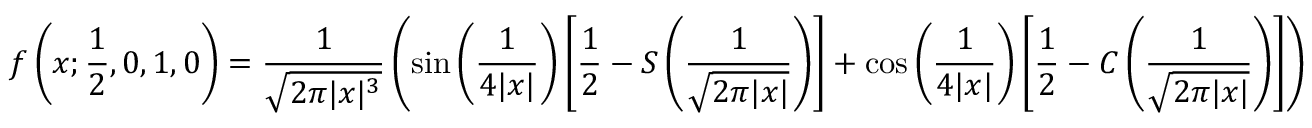
f \left( x ; { \frac { 1 } { 2 } } , 0 , 1 , 0 \right) = { \frac { 1 } { \sqrt { 2 \pi | x | ^ { 3 } } } } \left( \sin \left( { \frac { 1 } { 4 | x | } } \right) \left[ { \frac { 1 } { 2 } } - S \left( { \frac { 1 } { \sqrt { 2 \pi | x | } } } \right) \right] + \cos \left( { \frac { 1 } { 4 | x | } } \right) \left[ { \frac { 1 } { 2 } } - C \left( { \frac { 1 } { \sqrt { 2 \pi | x | } } } \right) \right] \right)